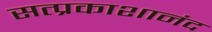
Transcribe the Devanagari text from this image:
सत्प्रकाशानंद